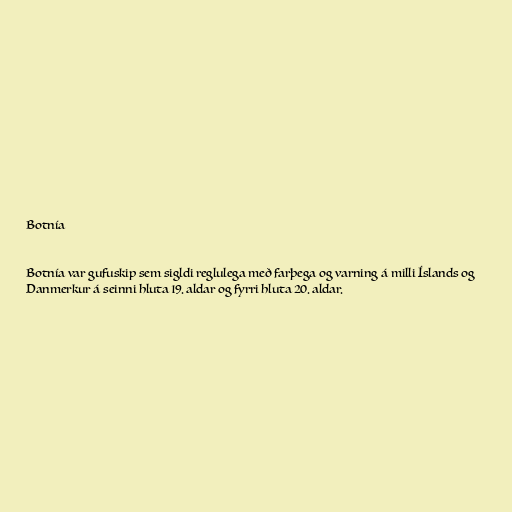
Botnía

Botnía var gufuskip sem sigldi reglulega með farþega og varning á milli Íslands og
Danmerkur á seinni hluta 19. aldar og fyrri hluta 20. aldar.